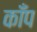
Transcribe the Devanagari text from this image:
कॉँप